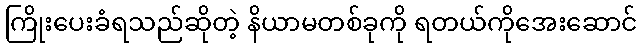
ကြိုးပေးခံရသည်ဆိုတဲ့ နိယာမတစ်ခုကို ရတယ်ကိုအေးဆောင်